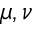
\mu , \nu